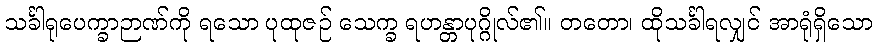
သင်္ခါရုပေက္ခာဉာဏ်ကို ရသော ပုထုဇဉ် သေက္ခ ရဟန္တာပုဂ္ဂိုလ်၏။ တတော၊ ထိုသင်္ခါရလျှင် အာရုံရှိသော